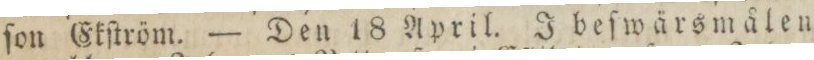
ſon Ekſtröm. — Den 18 April. I beſwärsmålen